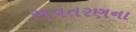
અવતરણના